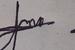
Signature authenticity: forged